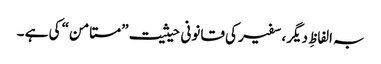
بہ الفاظِ دیگر، سفیر کی قانونی حیثیت ”مستامن“ کی ہے ۔